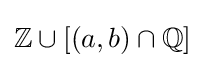
\mathbb {Z} \cup [(a,b)\cap \mathbb {Q} ]